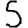
Digit: 5